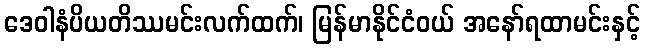
ဒေဝါနံပိယတိဿမင်းလက်ထက်၊ မြန်မာနိုင်ငံဝယ် အနော်ရထာမင်းနှင့်